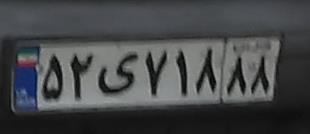
۵۲ی۷۱۸۸۸